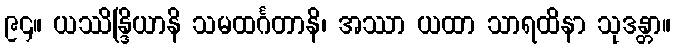
၉၄။ ယဿိန္ဒြိယာနိ သမထင်္ဂတာနိ၊ အဿာ ယထာ သာရထိနာ သုဒန္တာ။